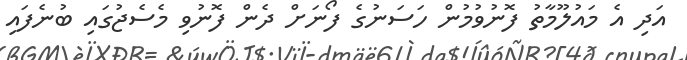
އަދި އެ މައުލޫމާތު ފޮނުވުމުން ހަސަނުގެ ފޯނަށް ދެން ފޮނުވި މެސެޖުގައި ބުނެފައި